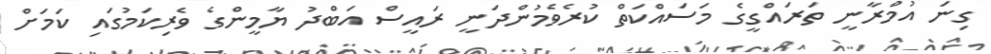
ގިނަ އުމްރާނީ ތަރައްގީގެ މަސައްކަތް ކުރެވެމުންދަނީ ރައީސް އަބްދު ޔާމީންގެ ވެރިކަމުގައި ކަމަށް